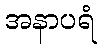
အနာပရံ